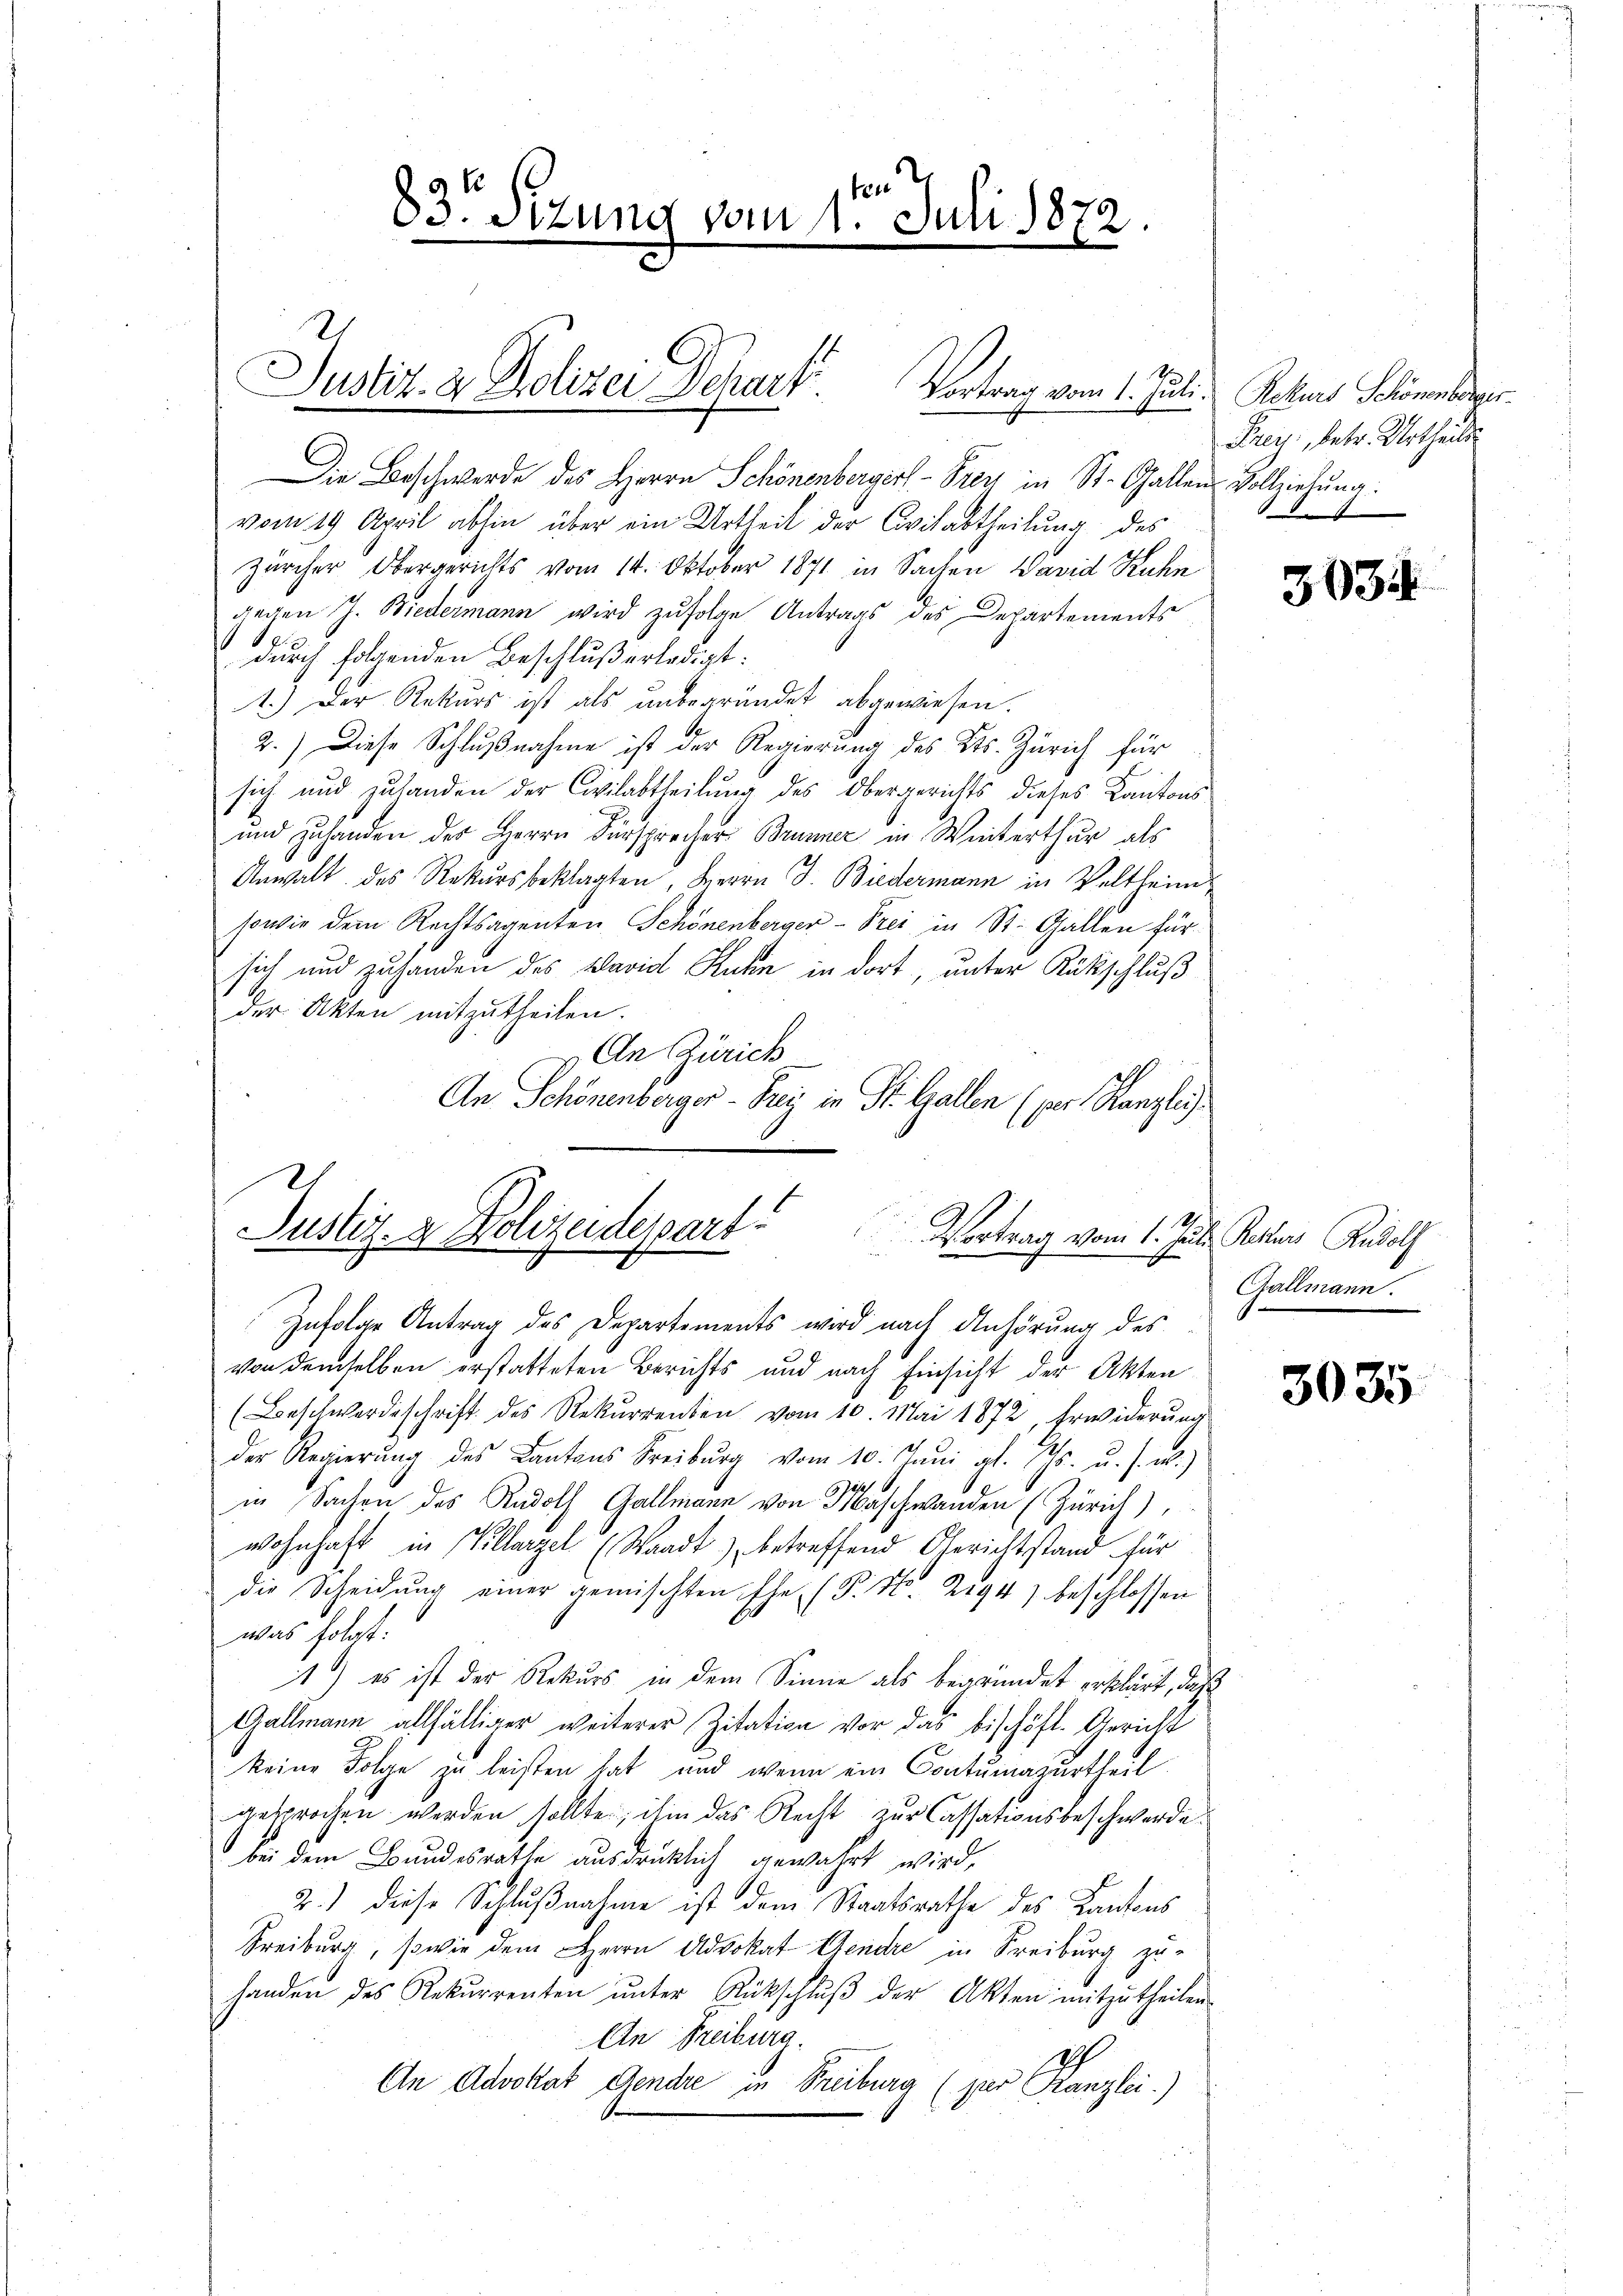
4
83 Sizung vom 1. Juli 1872.

Justiz- & Polizei Schart. Vortrag vom 1. Juli, Rekurs Schönenberger¬

Justiz- & Polizeidepart!
Vortrag vom 1. Ju

Die Beschwerde des Herrn Schönenbergers Frey in St. Gallens Vollziehung:
vom 19. April abhin über ein Urtheil der Civilabtheilung des
Zürcher Obergerichts vom 14. Oktober 1871 in Sachen Wavid Kuhn
gegen J. Biedermann wird zufolge Antrags des Departements
durch folgenden Beschluß erledigt:
1.) Der Rekurs ist als unbegründet abgewiesen.
2.) Diese Schlußnahme ist der Regierung des Kts. Zürich für
sich und zulanden der Civilabtheilung des Obergerichts dieses Kantons
und zuhanden der Herrn Fürsprecher Brunner in Winterthur als
Anwalt des Rekursbeklagten, Herrn J. Biedermann in Veltheim
sowie dem Rechtsagenten Schönenberger- Prei in St. Gallen für
sich und zuhanden des Baviel Ruhe in dort, unter Rückschluß
der Akten mitzutheilen.
An Zürich
An Schönenberger-Frei in St. Gallen (per. Kanzley

Frey, betr. Urtheils

Zufolge Antrag des Departements wird nach Anhörung des
von demselben erstatteten Berichts und nach Einsicht der Akten
(Beschwerdeschrift des Rekurrenten vom 10. Mai 1872, Erwiderung
der Regierŭng des Kantons Freiburg vom 10. Jani gl. Js. u. s. w.)
6
in Sachen des Rudolf Gallmann von Maschwanden (Zürich),
wohnhaft in Villarzel (Waadt) betreffend Gerichtstand für
die Scheidung einer gemischten Ehe. (T. N. Zeg4) beschlossen
was folgt:
1) es ist der Rekurs in dem Sinne als begründet erklärt, daß
Gallmann allfälliger weiterer Zitation vor das bischöft. Gericht
keine Folge zu leisten hat, und wenn ein Contumazurtheil
gesprochen werden sollte, ihm das Recht zur Cassationsbeschwerde.
bei dem Bundesrathe ausdrüklich gewährt wird,
2.) diese Schlußnahme ist dem Staatsrathe des Kantons
Freiburg, sowie dem Herrn Advokat Gendre in Freiburg zuhanden des Rekurrenten ŭnter Rückschlŭβ der Akten mitzŭtheilen.
An Freiburg.
An Advokat Gendre in Freiburg (per Kanzlei.)

3034

h Rector Rudolf
Gallmann.

3035